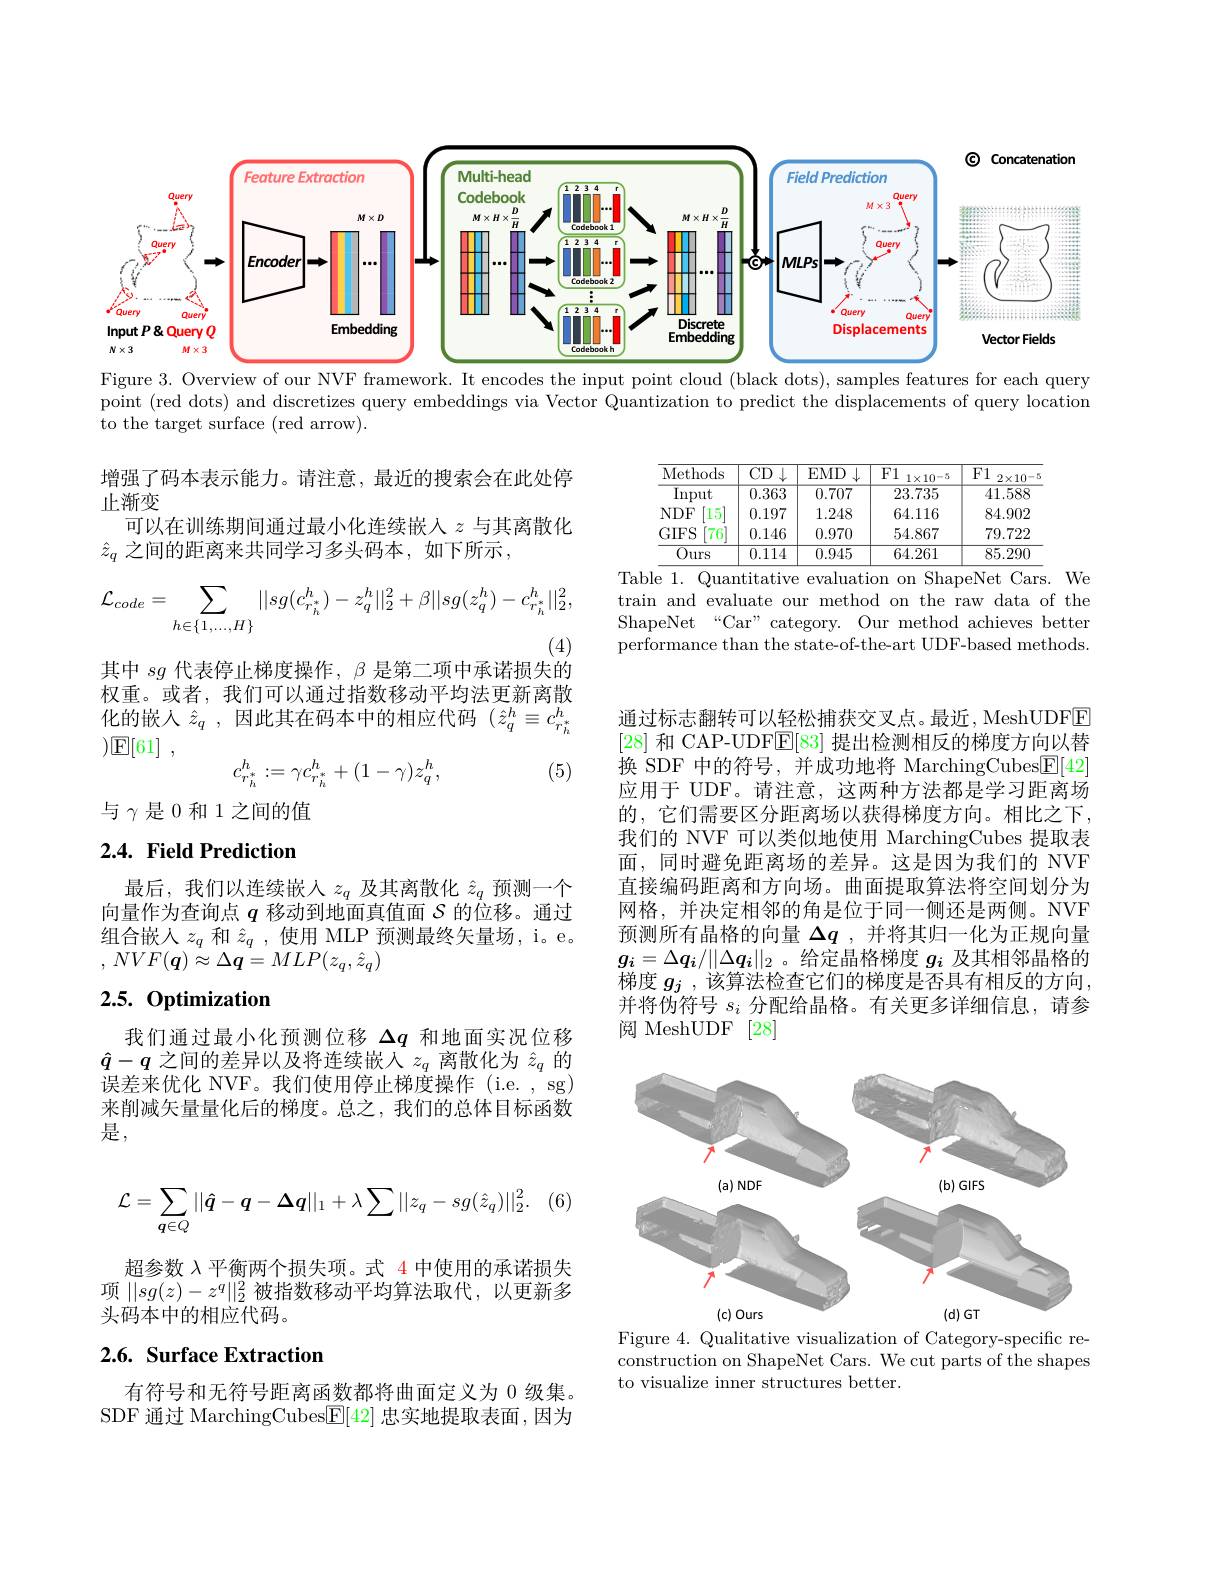
<FigureHere>
Figure 3. Overview of our NVF framework. It encodes the input point cloud (black dots), samples features for each query

point (red dots) and discretizes query embeddings via Vector Quantization to predict the displacements of query location

to the target surface (red arrow).

<table>
	<tbody>
		<tr>
			<th>Methods</th>
			<th>$\overline{\text{CD}\downarrow}$</th>
			<th>$EMD$</th>
			<th>F1 $1\times10-5$</th>
			<th>F1 $2\times10-2$</th>
		</tr>
		<tr>
			<td>Input</td>
			<td>0.363</td>
			<td>0.707</td>
			<td>23.735</td>
			<td>41.588</td>
		</tr>
		<tr>
			<td>$15^{\prime}$ $NDF$</td>
			<td>0.197</td>
			<td>1.248</td>
			<td>64.116</td>
			<td>84.902</td>
		</tr>
		<tr>
			<td>$76^{\prime}$ $GIFS$</td>
			<td>0.146</td>
			<td>0.970</td>
			<td>54.867</td>
			<td>79.722</td>
		</tr>
		<tr>
			<td>Ours</td>
			<td>0.114</td>
			<td>0.945</td>
			<td>64.261</td>
			<td>85.290</td>
		</tr>
	</tbody>
</table>
Table 1. Quantitative evaluation on ShapeNet Cars. We

增强了码本表示能力。请注意，最近的搜索会在此处停
止渐变
可以在训练期间通过最小化连续嵌入$z$与其离散化
$\hat{z}_q$ 之间的距离来共同学习多头码本，如下所示，
$$\begin{aligned}\mathcal{L}_{code}=\sum_{h\in\{1,\dots,H\}}||sg(c_{r_h^*}^h)-z_q^h||_2^2+\beta||sg(z_q^h)-c_{r_h^*}^h||_2^2,\end{aligned}$$
train and evaluate our method on the raw data of the ShapeNet“Car”category. Our method achieves better performance than the state-of-the-art UDF-based methods.

其中$sg$代表停止梯度操作，$\beta$是第二项中承诺损失的

权重。或者，我们可以通过指数移动平均法更新离散化的嵌入$\hat{z}_q$,因此其在码本中的相应代码$(\hat{z}_q^h\equiv c_{r_h^*}^h$ $) \mathbb{E} [ 61]$ ,
$$c_{r_h^*}^h:=\gamma c_{r_h^*}^h+(1-\gamma)z_q^h,$$
(5)

与$\gamma$是 0 和 1 之间的值

## 2.4. Field Prediction

通过标志翻转可以轻松捕获交叉点。最近，MeshUDFE [28]和 CAP-UDF$\mathbb{E}[83]$提出检测相反的梯度方向以替换 SDF 中的符号，并成功地将 MarchingCubes$\underline{\mathrm{F}}[42]$ 应用于 UDF。请注意，这两种方法都是学习距离场的，它们需要区分距离场以获得梯度方向。相比之下， 我们的 NVF 可以类似地使用 MarchingCubes 提取表面，同时避免距离场的差异。这是因为我们的 NVF 直接编码距离和方向场。曲面提取算法将空间划分为网格，并决定相邻的角是位于同一侧还是两侧。NVF 预测所有晶格的向量$\Delta q$ ,并将其归一化为正规向量$g_i=\Delta q_i/\|\Delta q_i\|_2$。给定晶格梯度$g_i$及其相邻晶格的梯度$g_j$,该算法检查它们的梯度是否具有相反的方向， 并将伪符号$s_i$分配给晶格。有关更多详细信息，请参阅 MeshUDF [28]

最后，我们以连续嵌入$z_q$及其离散化$\hat{z}_q$预测一个向量作为查询点$q$移动到地面真值面$S$的位移。通过组合嵌人$z_q$和$\hat{z}_q$ ,使用 MLP 预测最终矢量场，i。e。, $NVF( \boldsymbol{q}) \approx \Delta \boldsymbol{q}= MLP( z_{q}, \hat{z} _{q})$

# 2.5. Optimization

我们通过最小化预测位移$\Delta q$和地面实况位移$\hat{q}-q$之间的差异以及将连续嵌入$z_q$离散化为$\hat{z}_q$的误差来优化 NVF。我们使用停止梯度操作 (i.e. , sg) 来削减矢量量化后的梯度。总之，我们的总体目标函数是，

<FigureHere>

Figure 4. Qualitative visualization of Category-specific re-

. (6,
$$\mathcal{L}=\sum_{q\in Q}||\hat{\boldsymbol{q}}-\boldsymbol{q}-\boldsymbol{\Delta}\boldsymbol{q}||_1+\lambda\sum||z_q-sg(\hat{z}_q)||_2^2.$$
超参数$\lambda$平衡两个损失项。式 4 中使用的承诺损失项$||sg(z)-z^q||_2^2$被指数移动平均算法取代，以更新多头码本中的相应代码。

# 2.6. Surface Extraction

construction on ShapeNet Cars. We cut parts of the shapes
to visualize inner structures better.

有符号和无符号距离函数都将曲面定义为 0 级集。SDF 通过 MarchingCubes$\underline{\mathrm{E}}[42]$忠实地提取表面，因为